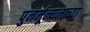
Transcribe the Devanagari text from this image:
पुनर्मूल्यनाच्या